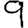
Digit: 9